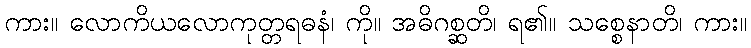
ကား။ လောကိယလောကုတ္တရဓနံ၊ ကို။ အဓိဂစ္ဆတိ၊ ရ၏။ သစ္စေနာတိ၊ ကား။